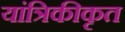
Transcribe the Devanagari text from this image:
यांत्रिकीकृत